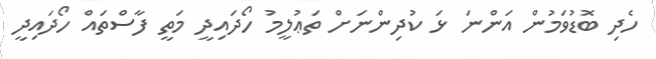
ހެދި ބޮޑުވަމުން އަންނަ ޅަ ކުދިންނަށް ތަޢުލީމު ހޯދައިދީ މަތީ ފާސްތައް ހޯދައިދީ